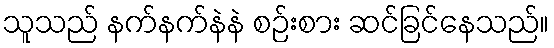
သူသည် နက်နက်နဲနဲ စဉ်းစား ဆင်ခြင်နေသည်။